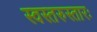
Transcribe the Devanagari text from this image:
स्वस्तरुस्तारः